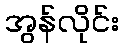
အွန်လိုင်း